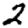
Digit: 2